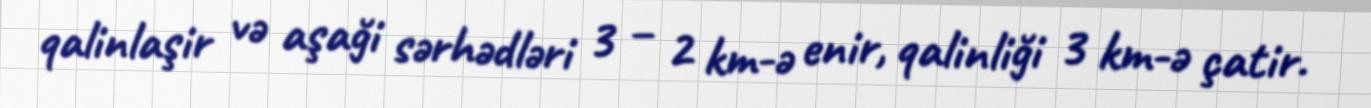
qalinlaşir və aşaği sərhədləri 3 – 2 km-ə enir, qalinliği 3 km-ə çatir.